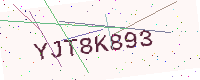
Text: YJT8K893